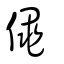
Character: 𠊟